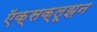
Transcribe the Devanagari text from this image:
ऍक्सक्लूझ़न